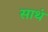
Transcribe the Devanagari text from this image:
साथं